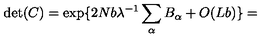
\det ( C ) = \exp \{ 2 N b \lambda ^ { - 1 } \sum _ { \alpha } B _ { \alpha } + O ( L b ) \} =